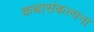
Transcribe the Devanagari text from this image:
कथासंकल्पना